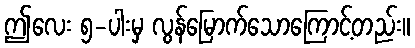
ဤလေး ၅-ပါးမှ လွန်မြောက်သောကြောင့်တည်း။